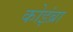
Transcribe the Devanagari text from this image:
कोइंब्रा